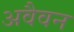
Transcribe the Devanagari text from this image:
अवैवन